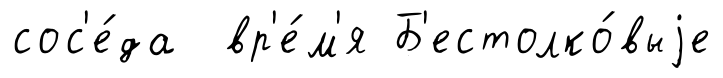
сос'е́да вр'е́м'я Б'естолко́выjе